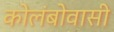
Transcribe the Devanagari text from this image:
कोलंबोवासी